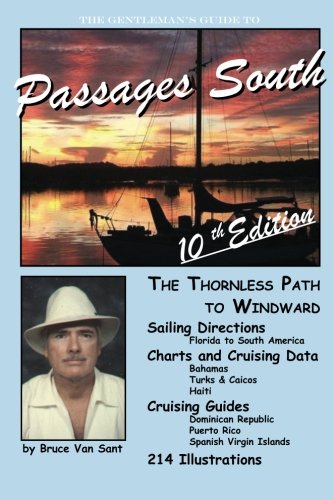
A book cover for The Gentleman's Guide to Passages South: The Thornless Path to Windward; Mr. Bruce Van Sant; Travel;